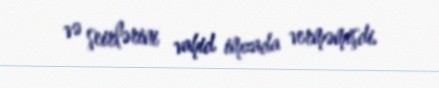
və şeirlərini vahid imzada verməmişdi.